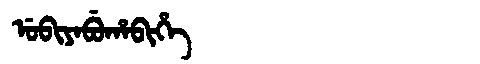
Manchu: ᡠᠪᡳᠶᠠᠪᡠᡥᠠᠪᡳᡥᡝ
Romanization: UBIYABUHABIHE